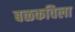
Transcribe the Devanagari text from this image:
बळकविला